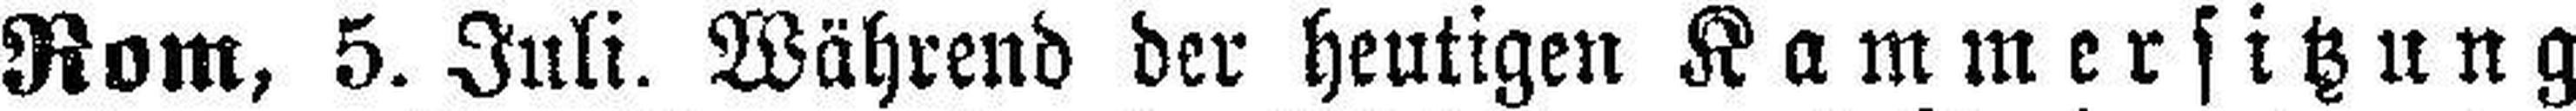
Rom, 5. Juli. Während der heutigen Kammersitzung